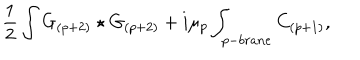
{ \frac { 1 } { 2 } } \int G _ { ( p + 2 ) } \star G _ { ( p + 2 ) } + i \mu _ { p } \int _ { p - b r a n e } C _ { ( p + 1 ) } ,